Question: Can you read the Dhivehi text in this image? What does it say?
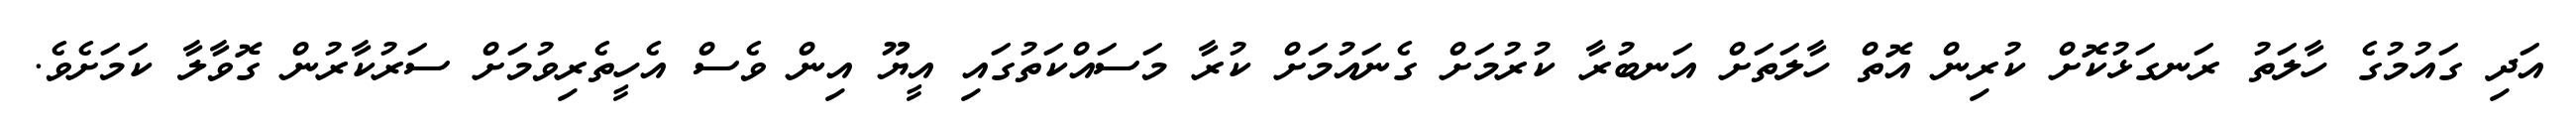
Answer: އަދި ގައުމުގެ ހާލަތު ރަނގަޅުކޮށް ކުރިން އޮތް ހާލަތަށް އަނބުރާ ކުރުމަށް ގެނައުމަށް ކުރާ މަސައްކަތުގައި އީޔޫ އިން ވެސް އެހީތެރިވުމަށް ސަރުކާރުން ގޮވާލާ ކަމަށެވެ.